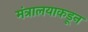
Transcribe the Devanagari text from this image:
मंत्रालयाकडून